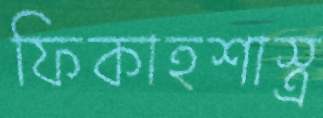
ফিকাহশাস্ত্র